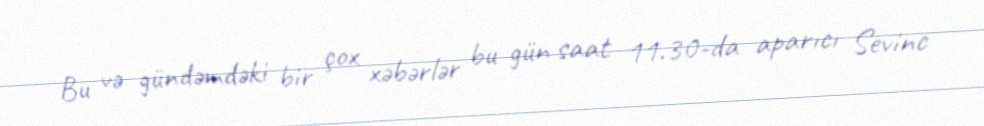
Bu və gündəmdəki bir çox xəbərlər bu gün saat 11.30-da aparıcı Sevinc